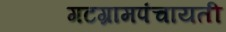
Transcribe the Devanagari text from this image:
गटग्रामपंचायती